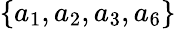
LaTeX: \{ a_{1},a_{2},a_{3},a_{6}\}